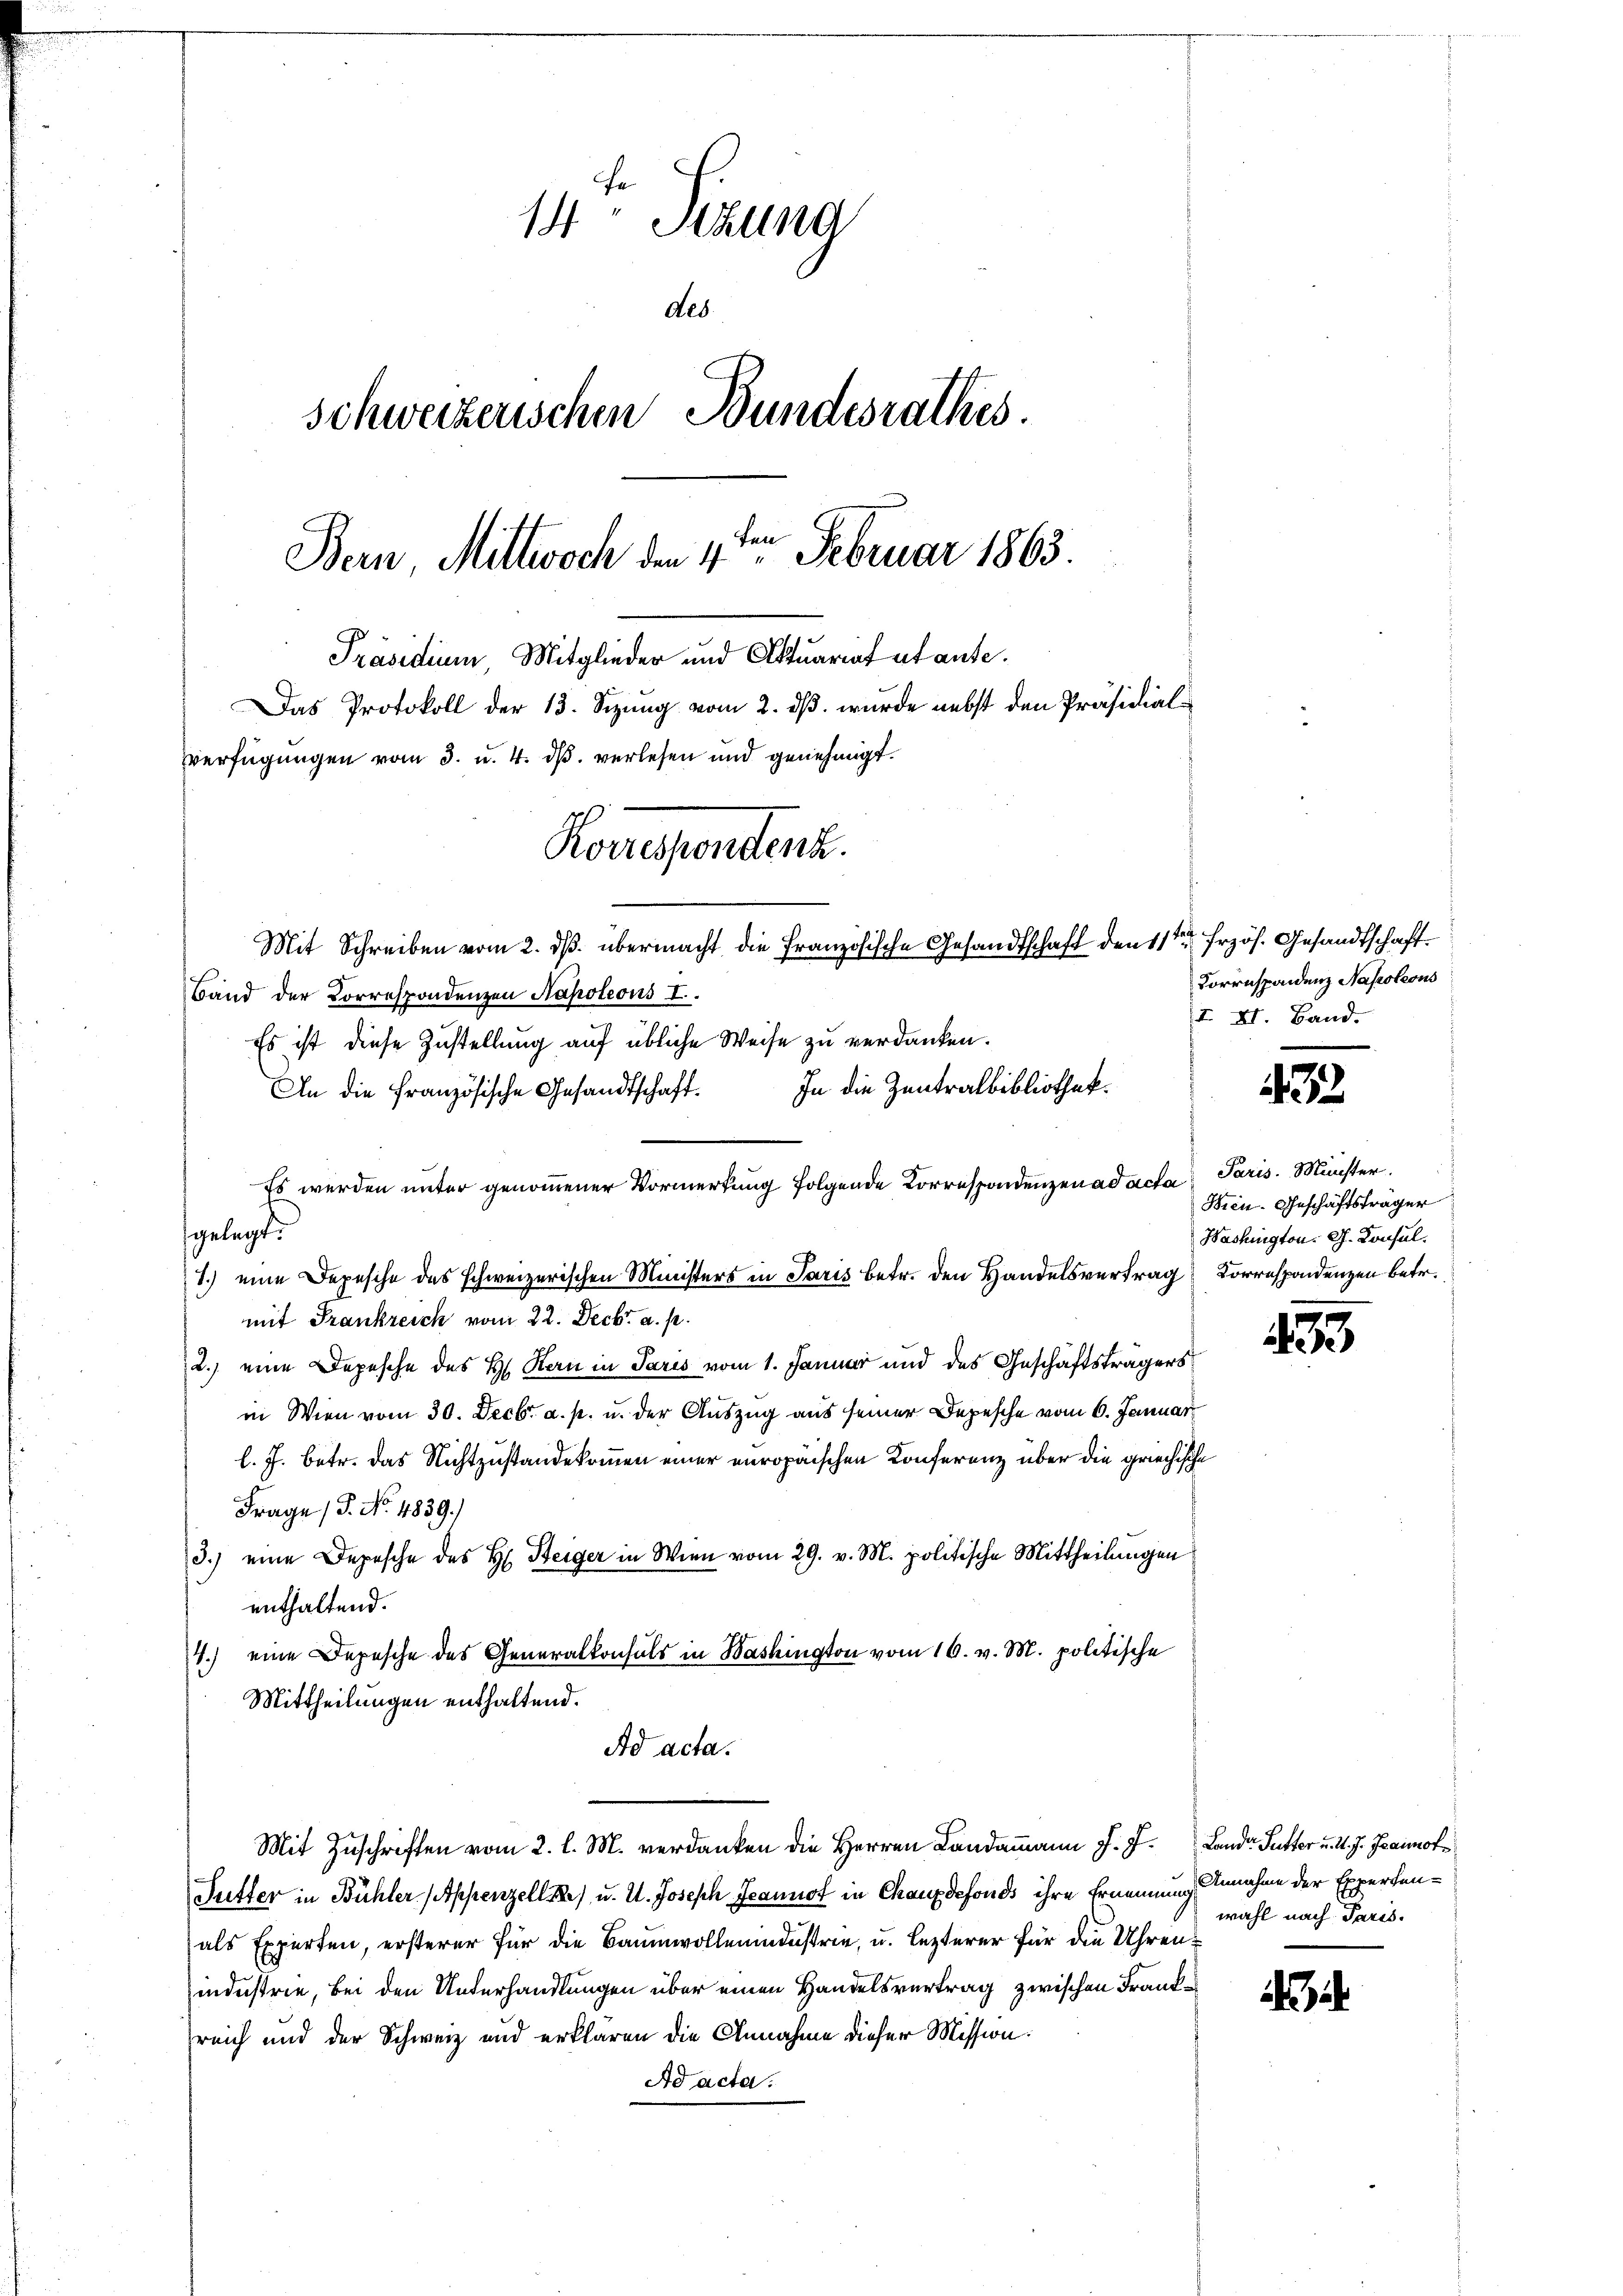
14 Sekung
des.
Schweizerischen Bundesrathes.
Bern, Mittwoch den 4te͇n Februar 1863.
Präsidium, Mitglieder und Aktuariat utante.
Das Protokoll der 13. Sizung vom 2. dβ. wurde nebst den Präsidialverfügungen vom 3. u. 4. dβ verlesen und genehmigt.
Korrespendent.

Band der Korrespondenzen Napoleons I.
Es ist diese Zustellung auf übliche Weise zu verdanken.
An die Französische Gesandtschaft. In die Zentralbibliothek.
Es werden unter genommener Vormerkung folgende Korrespondenzen ad acta
gelegt.
1.) eine Depesche des schweizerischen Ministers in Paris betr. den Handelsvertrag Korrespondenzen betr.
mit Frankreich vom 22. Decbr. a. p.
2.) eine Depesche des H. Stern in Paris vom 1. Januar und des Geschäftsträgers
in Wien vom 30. Decbr. a. p. u. der Auszug aus seiner Depesche vom 6. Januar
l. J. betr. das Nichtzustandekommen einer europäischen Konferenz über die griechische
Frage (T. No. 1839.)
3.) eine Depesche des H. Steiger in Wien vom 29. v. M. politische Mittheilungen
enthaltend.
4.) eine Depesche des Generalkonsuls in Bashington vom 16. v. M. politische
Mittheilungen enthaltend.
Ad acta.
Mit Zuschriften vom 2. l. M. verdanken die Herren Landammann J. J. Land- Sutter u. d. J. Grannot
Futter in Bühler (Appenzell Re) u. U. Joseph Jeannot in Chauxdefonds ihre Ernennung Annahme der Experten-
als Experten, ersterer für die Baumwollendustrie, u. lezterer für die Uhrenindustrie, bei den Unterhandlungen über einen Handelsvertrag zwischen Frankreich und der Schweiz und erklären die Annahme dieser Mission:
Ad acta.

Mit Schreiben vom 2. ds. übermacht die Französische Gesandtschaft den 11ten Frzös. Gesandtschaft.

Forrespondenz Napoleons
I XI. Band.

32

Paris. Münster.
Wien. Geschäftsträger
Washington. G. Konsul

435

wahl nach Paris.

a